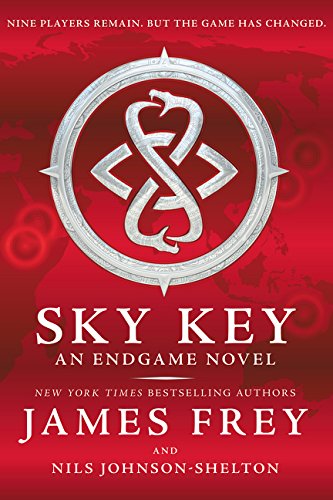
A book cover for Endgame: Sky Key; James Frey; Teen & Young Adult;